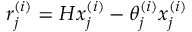
r _ { j } ^ { ( i ) } = H x _ { j } ^ { ( i ) } - \theta _ { j } ^ { ( i ) } x _ { j } ^ { ( i ) }